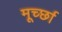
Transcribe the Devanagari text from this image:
मूर्च्‍छा